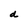
Character: d